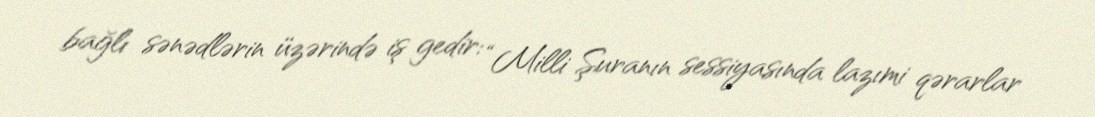
bağlı sənədlərin üzərində iş gedir: “Milli Şuranın sessiyasında lazımi qərarlar